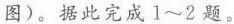
图)。据此完成1~2题。